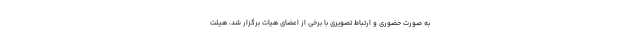
به صورت حضوری و ارتباط تصویری با برخی از اعضای هیات برگزار شد، هیئت